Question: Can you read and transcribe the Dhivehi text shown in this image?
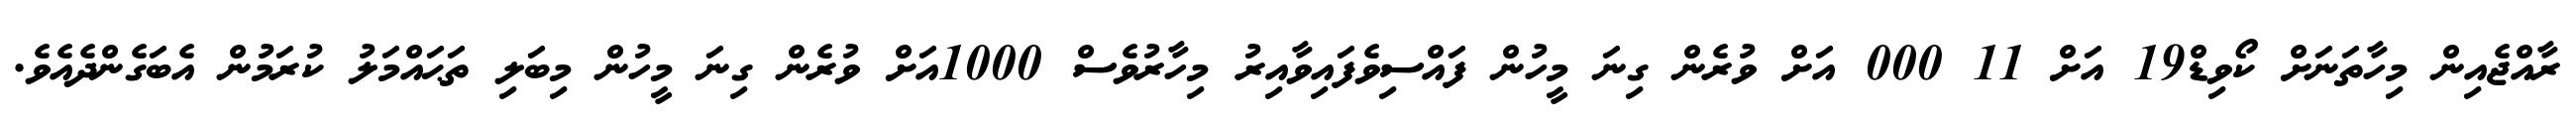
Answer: ރާއްޖެއިން މިހާތަނަށް ކޯވިޑް19 އަށް 11 000 އަށް ވުރެން ގިނަ މީހުން ފައްސިވެފައިވާއިރު މިހާރުވެސް 1000އަށް ވުރެން ގިނަ މީހުން މިބަލި ތަޙައްމަލު ކުރަމުން އެބަގެންދެއެވެ.